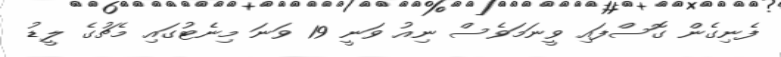
ފެނިގެން ގޮސްފައި ވީނަމަވެސް ނިއު ވަނީ 19 ވަނަ މިނެޓުގައި މެޗުގެ ލީޑު